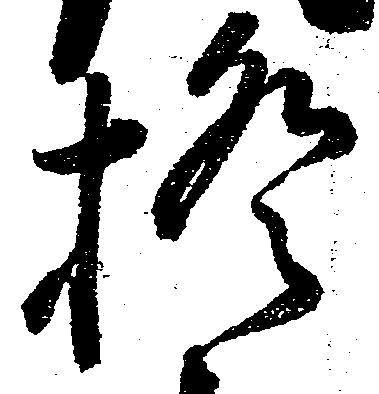
掻